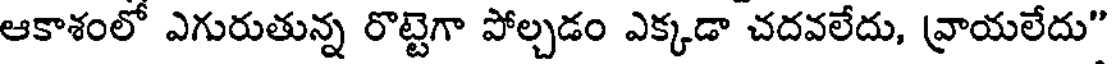
ఆకాశంలో ఎగురుతున్న రొట్టెగా పోల్చడం ఎక్కడా చదవలేదు, వ్రాయలేదు"